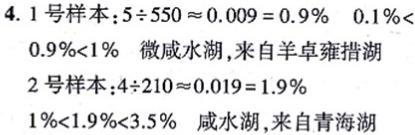
4. 1号样本：$5\div550\approx0.009 = 0.9\%$  $0.1\%<0.9\%<1\%$  微咸水湖，来自羊卓雍措湖
2号样本：$4\div210\approx0.019 = 1.9\%$  $1\%<1.9\%<3.5\%$  咸水湖，来自青海湖